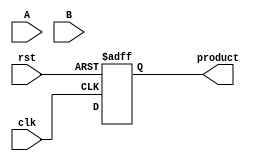
module PipelinedWallaceTreeMultiplier #(parameter N = 8) (
    input clk,
    input rst,
    input [N-1:0] A,
    input [N-1:0] B,
    output reg [2*N-1:0] product
);

    // Intermediate signals
    reg [N-1:0] pp [0:N-1]; // Partial products
    reg [2*N-1:0] sum [0:N-1]; // Sums at each stage
    reg [2*N-1:0] carry [0:N-1]; // Carries at each stage

    // Stage registers
    reg [2*N-1:0] stage1_sum [0:N/3-1];
    reg [2*N-1:0] stage1_carry [0:N/3-1];
    reg [2*N-1:0] stage2_sum [0:N/6-1];
    reg [2*N-1:0] stage2_carry [0:N/6-1];

    // Generate partial products
    integer i, j;
    always @(posedge clk or posedge rst) begin
        if (rst) begin
            for (i = 0; i < N; i = i + 1) begin
                pp[i] <= 0;
            end
            product <= 0;
        end else begin
            // Generate partial products
            for (i = 0; i < N; i = i + 1) begin
                pp[i] <= A & {N{B[i]}};
            end

            // Wallace tree reduction (Stage 1)
            for (i = 0; i < N/3; i = i + 1) begin
                {carry[i], sum[i]} = pp[3*i] + pp[3*i+1] + pp[3*i+2];
            end

            // Handle remaining partial products
            for (i = N/3*3; i < N; i = i + 1) begin
                sum[N/3][i - N/3*3] = pp[i];
            end

            // Register stage 1 results
            for (i = 0; i < N/3; i = i + 1) begin
                stage1_sum[i] <= sum[i];
                stage1_carry[i] <= carry[i];
            end

            // Wallace tree reduction (Stage 2)
            for (i = 0; i < N/6; i = i + 1) begin
                {carry[i], sum[i]} = stage1_sum[2*i] + stage1_sum[2*i+1] + stage1_carry[i];
            end

            // Handle remaining sums
            for (i = N/6*2; i < N/3; i = i + 1) begin
                sum[N/6][i - N/6*2] = stage1_sum[i];
            end

            // Register stage 2 results
            for (i = 0; i < N/6; i = i + 1) begin
                stage2_sum[i] <= sum[i];
                stage2_carry[i] <= carry[i];
            end

            // Final addition (Stage 3)
            product <= stage2_sum[0] + stage2_sum[1] + stage2_carry[0];
        end
    end
endmodule